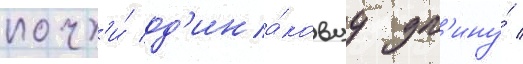
почт'и́ од'ина́ковуу дл'ину́ /